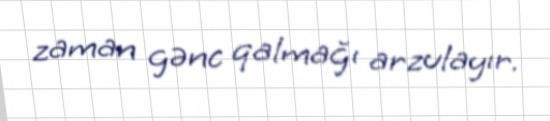
zaman gənc qalmağı arzulayır.